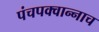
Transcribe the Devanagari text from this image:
पंचपक्वान्नाच